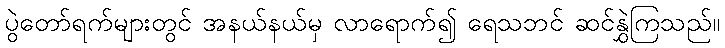
ပွဲတော်ရက်များတွင် အနယ်နယ်မှ လာရောက်၍ ရေသဘင် ဆင်နွှဲကြသည်။